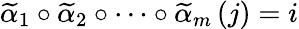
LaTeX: \widetilde{\alpha}_{1}\circ\widetilde{\alpha}_{2}\circ\cdots\circ\widetilde{\alpha}_{m}\left(j\right)=i